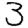
Digit: 3